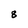
Character: 8